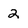
Character: 2